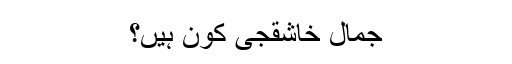
جمال خاشقجی کون ہیں؟